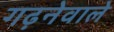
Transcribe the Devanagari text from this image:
गढ़नेवाले